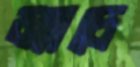
ম্যাচে